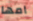
امها